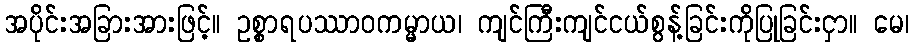
အပိုင်းအခြားအားဖြင့်။ ဥစ္စာရပဿာဝကမ္မာယ၊ ကျင်ကြီးကျင်ငယ်စွန့်ခြင်းကိုပြုခြင်းငှာ။ မေ၊